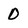
Character: D